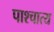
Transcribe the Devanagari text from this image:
पाश्‍चात्‍य